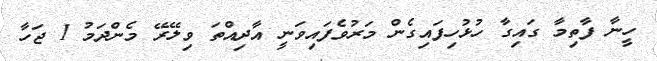
ހީނާ ފާތިމާ ގައިގާ ހުޅުހިފައިގެން މަރުވެފައިވަނީ އާދިއްތަ ވިލޭރޭ މެންދަމު 1 ޖަހާ